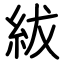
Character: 紱